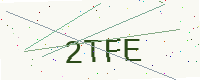
Text: 2TFE